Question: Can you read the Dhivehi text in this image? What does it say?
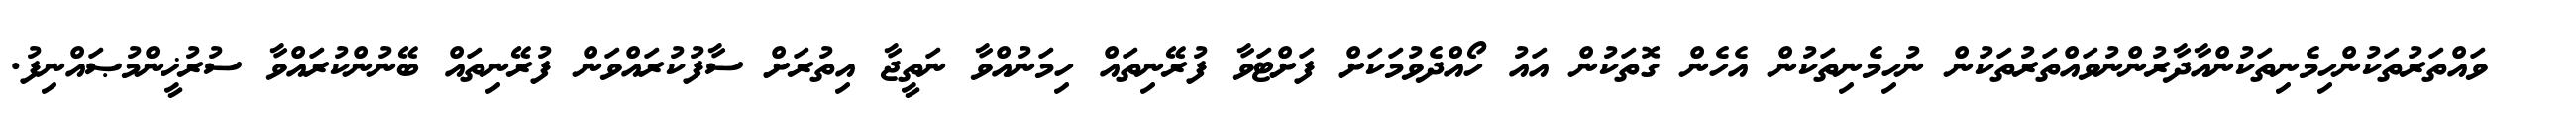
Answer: ??? ވައްތަރުތަކުންހިމެނިތަކުންއާދާރުންނުވައްތަރުތަކުން ނުހިމެނިތަކުން އެހެން ގޮތަކުން އައު ހޯއްދެވުމަކަށް ފަށްޓަވާ ފުރޭނިތައް ހިމަނުއްވާ ނަތީޖާ އިތުރަށް ސާފުކުރައްވަން ފުރޭނިތައް ބޭނުންކުރައްވާ ސުރުޚީންމުޞައްނިފު.